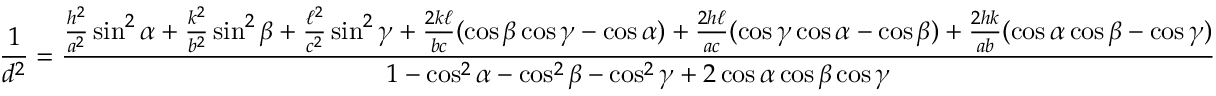
{ \frac { 1 } { d ^ { 2 } } } = { \frac { { \frac { h ^ { 2 } } { a ^ { 2 } } } \sin ^ { 2 } \alpha + { \frac { k ^ { 2 } } { b ^ { 2 } } } \sin ^ { 2 } \beta + { \frac { \ell ^ { 2 } } { c ^ { 2 } } } \sin ^ { 2 } \gamma + { \frac { 2 k \ell } { b c } } ( \cos \beta \cos \gamma - \cos \alpha ) + { \frac { 2 h \ell } { a c } } ( \cos \gamma \cos \alpha - \cos \beta ) + { \frac { 2 h k } { a b } } ( \cos \alpha \cos \beta - \cos \gamma ) } { 1 - \cos ^ { 2 } \alpha - \cos ^ { 2 } \beta - \cos ^ { 2 } \gamma + 2 \cos \alpha \cos \beta \cos \gamma } }